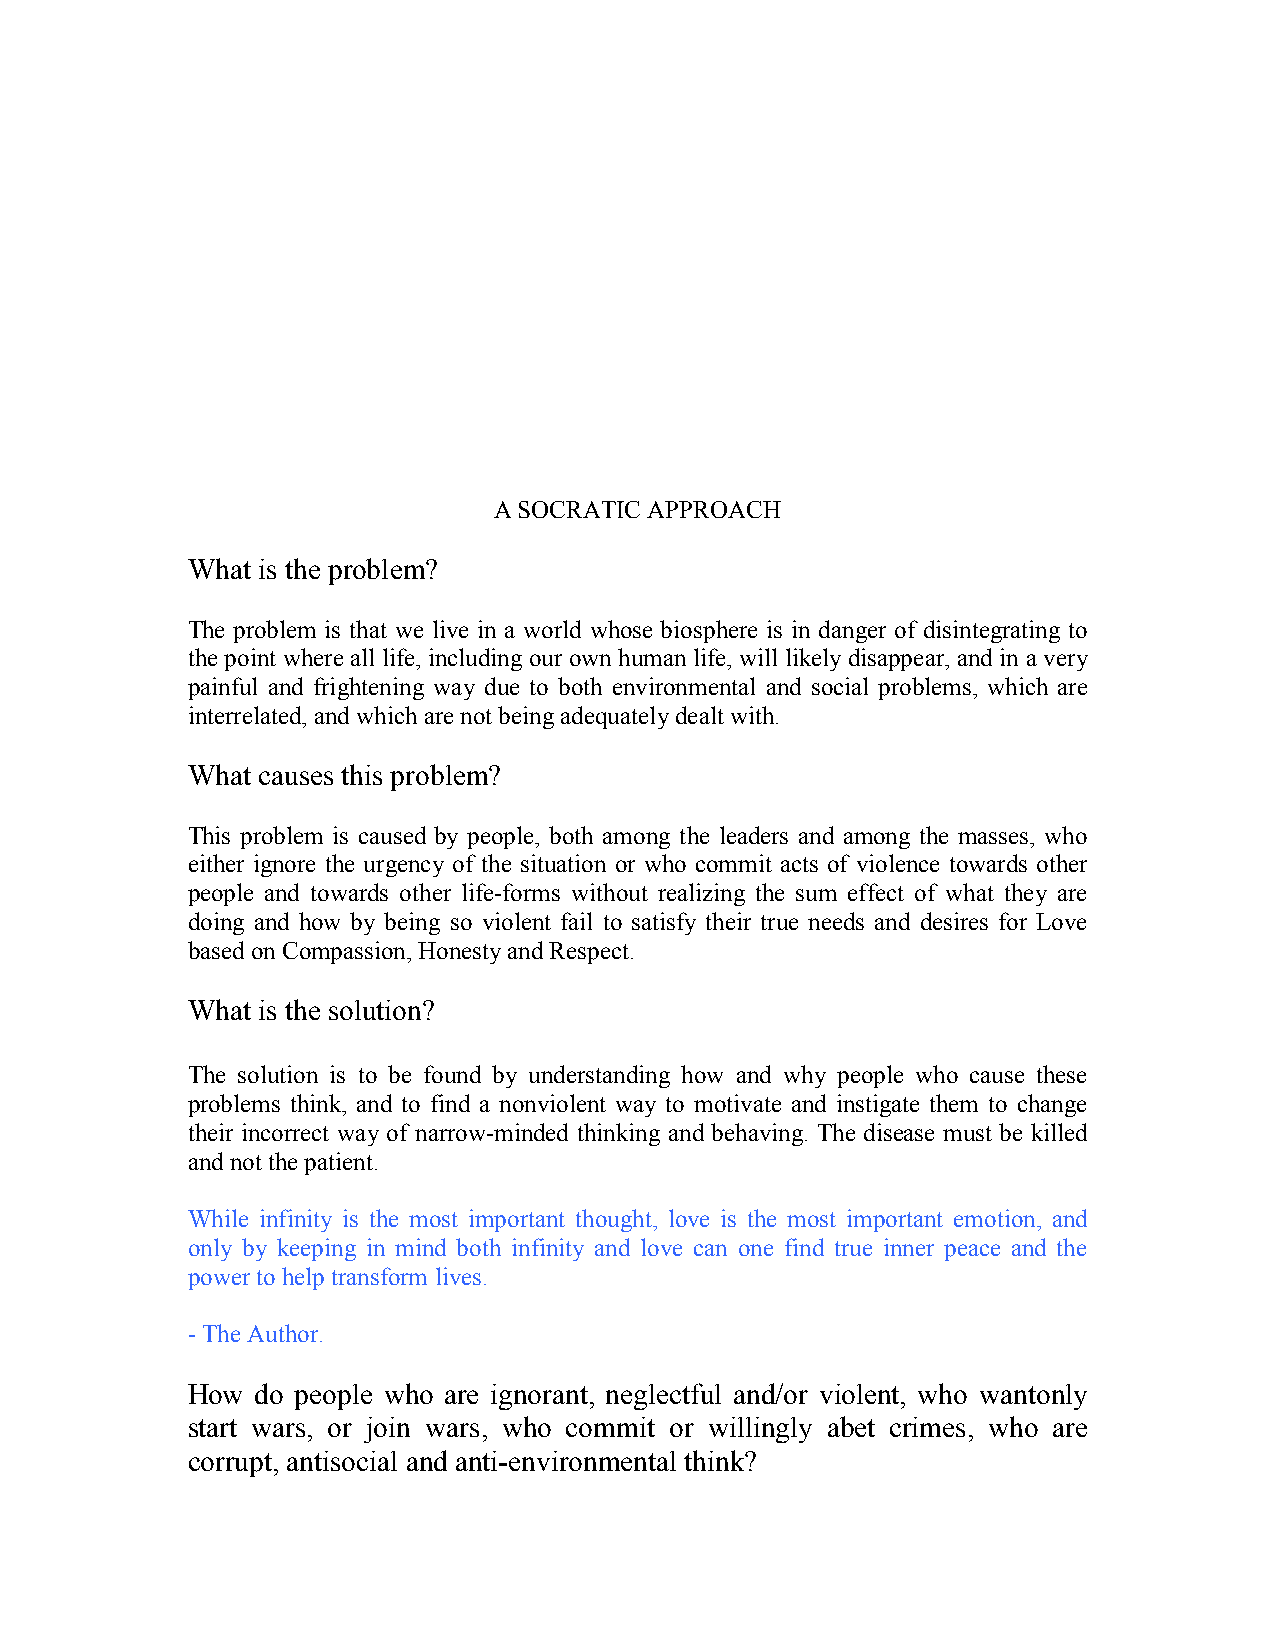
A SOCRATIC APPROACH
 What is the problem?
 The problem is that we live in a world whose biosphere is in danger of disintegrating to
 the point where all life, including our own human life, will likely disappear, and in a very
 painful and frightening way due to both environmental and social problems, which are
 interrelated, and which are not being adequately dealt with.
 What causes this problem?
 This problem is caused by people, both among the leaders and among the masses, who
 either ignore the urgency of the situation or who commit acts of violence towards other
 people and towards other life-forms without realizing the sum effect of what they are
 doing and how by being so violent fail to satisfy their true needs and desires for Love
 based on Compassion, Honesty and Respect.
 What is the solution?
 The solution is to be found by understanding how and why people who cause these
 problems think, and to find a nonviolent way to motivate and instigate them to change
 their incorrect way of narrow-minded thinking and behaving. The disease must be killed
 and not the patient.
 While infinity is the most important thought, love is the most important emotion, and
 only by keeping in mind both infinity and love can one find true inner peace and the
 power to help transform lives.
 - The Author.
 How  do people who are ignorant, neglectful and/or violent, who wantonly
 start wars, or join wars, who commit or willingly abet crimes, who are
 corrupt, antisocial and anti-environmental think?